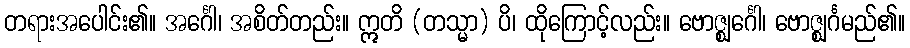
တရားအပေါင်း၏။ အင်္ဂေါ၊ အစိတ်တည်း။ ဣတိ (တသ္မာ) ပိ၊ ထိုကြောင့်လည်း။ ဗောဇ္ဈင်္ဂေါ၊ ဗောဇ္ဈင်္ဂမည်၏။